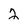
Character: 2